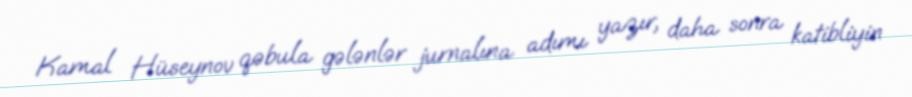
Kamal Hüseynov qəbula gələnlər jurnalına adımı yazır, daha sonra katibliyin